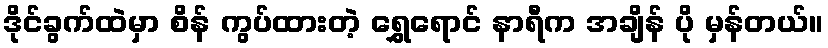
ဒိုင်ခွက်ထဲမှာ စိန် ကွပ်ထားတဲ့ ရွှေရောင် နာရီက အချိန် ပို မှန်တယ်။